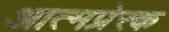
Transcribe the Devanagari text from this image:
आत्मप्रेरक